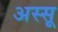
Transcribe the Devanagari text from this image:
अस्सू